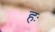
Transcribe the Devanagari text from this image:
हः